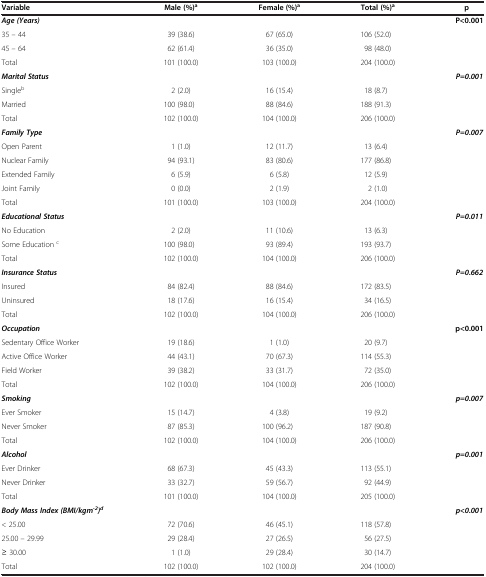
<table><thead><tr><td><b>Variable</b></td><td><b>Male (%)<sup>a</sup></b></td><td><b>Female (%)<sup>a</sup></b></td><td><b>Total (%)<sup>a</sup></b></td><td><b>p</b></td></tr></thead><tbody><tr><td><b><i>Age (Years)</i></b></td><td> </td><td> </td><td> </td><td><b>P&lt;0.001</b></td></tr><tr><td>35 – 44</td><td>39 (38.6)</td><td>67 (65.0)</td><td>106 (52.0)</td><td> </td></tr><tr><td>45 – 64</td><td>62 (61.4)</td><td>36 (35.0)</td><td>98 (48.0)</td><td> </td></tr><tr><td>Total</td><td>101 (100.0)</td><td>103 (100.0)</td><td>204 (100.0)</td><td> </td></tr><tr><td><b><i>Marital Status</i></b></td><td> </td><td> </td><td> </td><td><b><i>P=0.001</i></b></td></tr><tr><td>Single<sup>b</sup></td><td>2 (2.0)</td><td>16 (15.4)</td><td>18 (8.7)</td><td> </td></tr><tr><td>Married</td><td>100 (98.0)</td><td>88 (84.6)</td><td>188 (91.3)</td><td> </td></tr><tr><td>Total</td><td>102 (100.0)</td><td>104 (100.0)</td><td>206 (100.0)</td><td> </td></tr><tr><td><b><i>Family Type</i></b></td><td> </td><td> </td><td> </td><td><b><i>P=0.007</i></b></td></tr><tr><td>Open Parent</td><td>1 (1.0)</td><td>12 (11.7)</td><td>13 (6.4)</td><td> </td></tr><tr><td>Nuclear Family</td><td>94 (93.1)</td><td>83 (80.6)</td><td>177 (86.8)</td><td> </td></tr><tr><td>Extended Family</td><td>6 (5.9)</td><td>6 (5.8)</td><td>12 (5.9)</td><td> </td></tr><tr><td>Joint Family</td><td>0 (0.0)</td><td>2 (1.9)</td><td>2 (1.0)</td><td> </td></tr><tr><td>Total</td><td>101 (100.0)</td><td>103 (100.0)</td><td>204 (100.0)</td><td> </td></tr><tr><td><b><i>Educational Status</i></b></td><td> </td><td> </td><td> </td><td><b><i>P=0.011</i></b></td></tr><tr><td>No Education</td><td>2 (2.0)</td><td>11 (10.6)</td><td>13 (6.3)</td><td> </td></tr><tr><td>Some Education <sup>c</sup></td><td>100 (98.0)</td><td>93 (89.4)</td><td>193 (93.7)</td><td> </td></tr><tr><td>Total</td><td>102 (100.0)</td><td>104 (100.0)</td><td>206 (100.0)</td><td> </td></tr><tr><td><b><i>Insurance Status</i></b></td><td> </td><td> </td><td> </td><td><b><i>P=0.662</i></b></td></tr><tr><td>Insured</td><td>84 (82.4)</td><td>88 (84.6)</td><td>172 (83.5)</td><td> </td></tr><tr><td>Uninsured</td><td>18 (17.6)</td><td>16 (15.4)</td><td>34 (16.5)</td><td> </td></tr><tr><td>Total</td><td>102 (100.0)</td><td>104 (100.0)</td><td>206 (100.0)</td><td> </td></tr><tr><td><b><i>Occupation</i></b></td><td> </td><td> </td><td> </td><td><b>p&lt;0.001</b></td></tr><tr><td>Sedentary Office Worker</td><td>19 (18.6)</td><td>1 (1.0)</td><td>20 (9.7)</td><td> </td></tr><tr><td>Active Office Worker</td><td>44 (43.1)</td><td>70 (67.3)</td><td>114 (55.3)</td><td> </td></tr><tr><td>Field Worker</td><td>39 (38.2)</td><td>33 (31.7)</td><td>72 (35.0)</td><td> </td></tr><tr><td>Total</td><td>102 (100.0)</td><td>104 (100.0)</td><td>206 (100.0)</td><td> </td></tr><tr><td><b><i>Smoking</i></b></td><td> </td><td> </td><td> </td><td><b><i>p=0.007</i></b></td></tr><tr><td>Ever Smoker</td><td>15 (14.7)</td><td>4 (3.8)</td><td>19 (9.2)</td><td> </td></tr><tr><td>Never Smoker</td><td>87 (85.3)</td><td>100 (96.2)</td><td>187 (90.8)</td><td> </td></tr><tr><td>Total</td><td>102 (100.0)</td><td>104 (100.0)</td><td>206 (100.0)</td><td> </td></tr><tr><td><b><i>Alcohol</i></b></td><td> </td><td> </td><td> </td><td><b><i>p=0.001</i></b></td></tr><tr><td>Ever Drinker</td><td>68 (67.3)</td><td>45 (43.3)</td><td>113 (55.1)</td><td> </td></tr><tr><td>Never Drinker</td><td>33 (32.7)</td><td>59 (56.7)</td><td>92 (44.9)</td><td> </td></tr><tr><td>Total</td><td>101 (100.0)</td><td>104 (100.0)</td><td>205 (100.0)</td><td> </td></tr><tr><td><b><i>Body Mass Index (BMI/kgm</i></b><sup><b><i>-2</i></b></sup><b><i>)</i></b><sup><b><i>d</i></b></sup></td><td> </td><td> </td><td> </td><td><b><i>p&lt;0.001</i></b></td></tr><tr><td>&lt; 25.00</td><td>72 (70.6)</td><td>46 (45.1)</td><td>118 (57.8)</td><td> </td></tr><tr><td>25.00 – 29.99</td><td>29 (28.4)</td><td>27 (26.5)</td><td>56 (27.5)</td><td> </td></tr><tr><td>≥ 30.00</td><td>1 (1.0)</td><td>29 (28.4)</td><td>30 (14.7)</td><td> </td></tr><tr><td>Total</td><td>102 (100.0)</td><td>102 (100.0)</td><td>204 (100.0)</td><td> </td></tr></tbody></table>